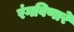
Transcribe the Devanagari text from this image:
रंगविणारे